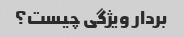
بردار ویژگی چیست؟